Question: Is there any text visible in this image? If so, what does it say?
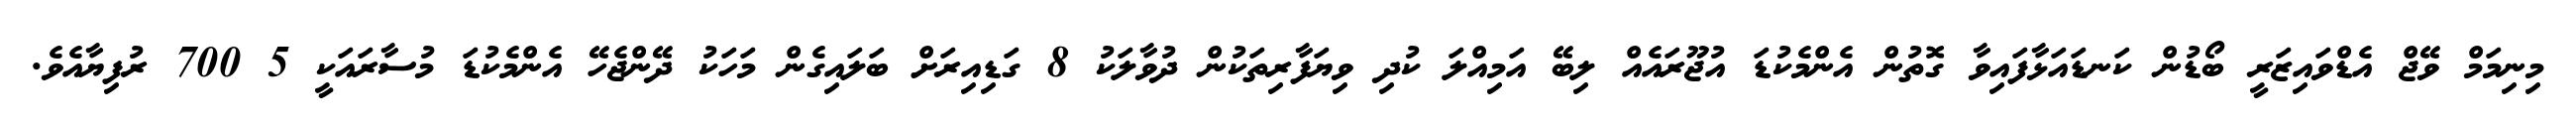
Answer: މިނިމަމް ވޭޖް އެޑްވައިޒަރީ ބޯޑުން ކަނޑައަޅާފައިވާ ގޮތުން އެންމެކުޑަ އުޖޫރައެއް ލިބޭ އަމިއްލަ ކުދި ވިޔަފާރިތަކުން ދުވާލަކު 8 ގަޑިއިރަށް ބަލައިގެން މަހަކު ދޭންޖެހޭ އެންމެކުޑަ މުސާރައަކީ 5 700 ރުފިޔާއެވެ.